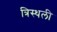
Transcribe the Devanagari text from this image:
त्रिस्थली